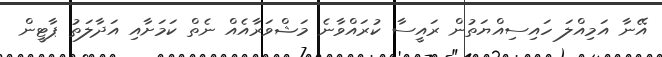
އޭނާ އަމިއްލަ ހައިސިއްޔަތުން ރައީސާ ކުރައްވާނެ މަޝްވަރާއެއް ނެތް ކަމަށާއި އަދާލަތު ޕާޓީން